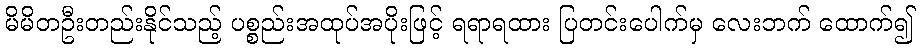
မိမိတဦးတည်းနိုင်သည့် ပစ္စည်းအထုပ်အပိုးဖြင့် ရရာရထား ပြတင်းပေါက်မှ လေးဘက် ထောက်၍